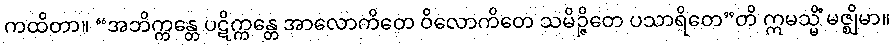
ကထိတာ။ “အဘိက္ကန္တေ ပဋိက္ကန္တေ အာလောကိတေ ဝိလောကိတေ သမိဉ္ဇိတေ ပသာရိတေ”တိ ဣမသ္မိံ မဇ္ဈိမာ။